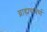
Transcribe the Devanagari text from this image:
ब्राह्मणवर्ण